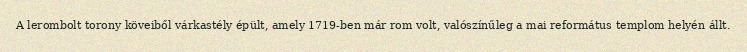
A lerombolt torony köveiből várkastély épült, amely 1719-ben már rom volt, valószínűleg a mai református templom helyén állt.